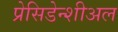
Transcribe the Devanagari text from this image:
प्रेसिडेन्शीअल